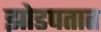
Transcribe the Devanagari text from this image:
झोडपतात